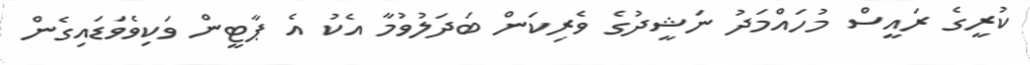
ކުރީގެ ރައީސް މުހައްމަދު ނަޝީދުގެ ވެރިކަން ބަދަލުވުމާ އެކު އެ ޕާޓީން ވަކިވެވަޑައިގެން